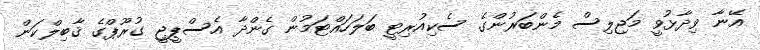
އޭނާ ވިދާޅުވީ މަޖިލިސް މެންބަރުންގެ ސެކިއުރިޓީ ބަލަހައްޓަމުން ގެންދާ އެސްޕީޖީ ގުރޫޕްގެ ޤާބިލްކަން